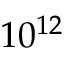
1 0 ^ { 1 2 }